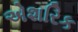
એશરિક